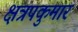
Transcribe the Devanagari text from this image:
क्षत्रपकुमार